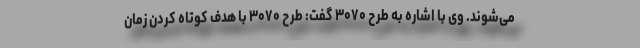
می‌شوند. وی با اشاره به طرح ۳۰۷۰ گفت: طرح ۳۰۷۰ با هدف کوتاه کردن زمان